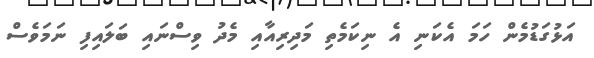
އަޅުގަޑުމެން ހަމަ އެކަނި އެ ނިކަމެތި މަދިރިއާއި މެދު ވިސްނައި ބަލައިފި ނަމަވެސް